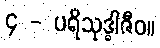
၄ - ပရိသုဒ္ဓါဇီဝ။